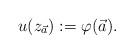
LaTeX: \begin{align*} u(z_{\vec{a}}):=\varphi(\vec{a}).\end{align*}